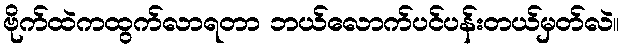
ဗိုက်ထဲကထွက်လာရတာ ဘယ်လောက်ပင်ပန်းတယ်မှတ်လဲ။